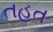
તહત